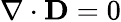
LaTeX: \nabla\cdot\mathbf{D}=0